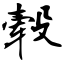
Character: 毂